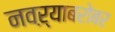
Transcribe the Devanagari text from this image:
नवऱ्याबरोबर